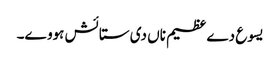
یسوع دے عظیم ناں دی ستائش ہووے۔